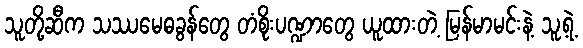
သူတို့ဆီက သဿမေဓခွန်တွေ တံစိုးပဏ္ဍာတွေ ယူထားတဲ့ မြန်မာမင်းနဲ့ သူ့ရဲ့